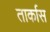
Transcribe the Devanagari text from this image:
तार्कास